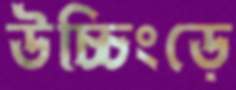
উচ্চিংড়ে